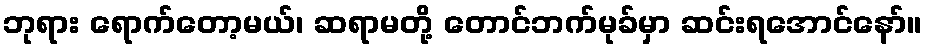
ဘုရား ရောက်တော့မယ်၊ ဆရာမတို့ တောင်ဘက်မုခ်မှာ ဆင်းရအောင်နော်။